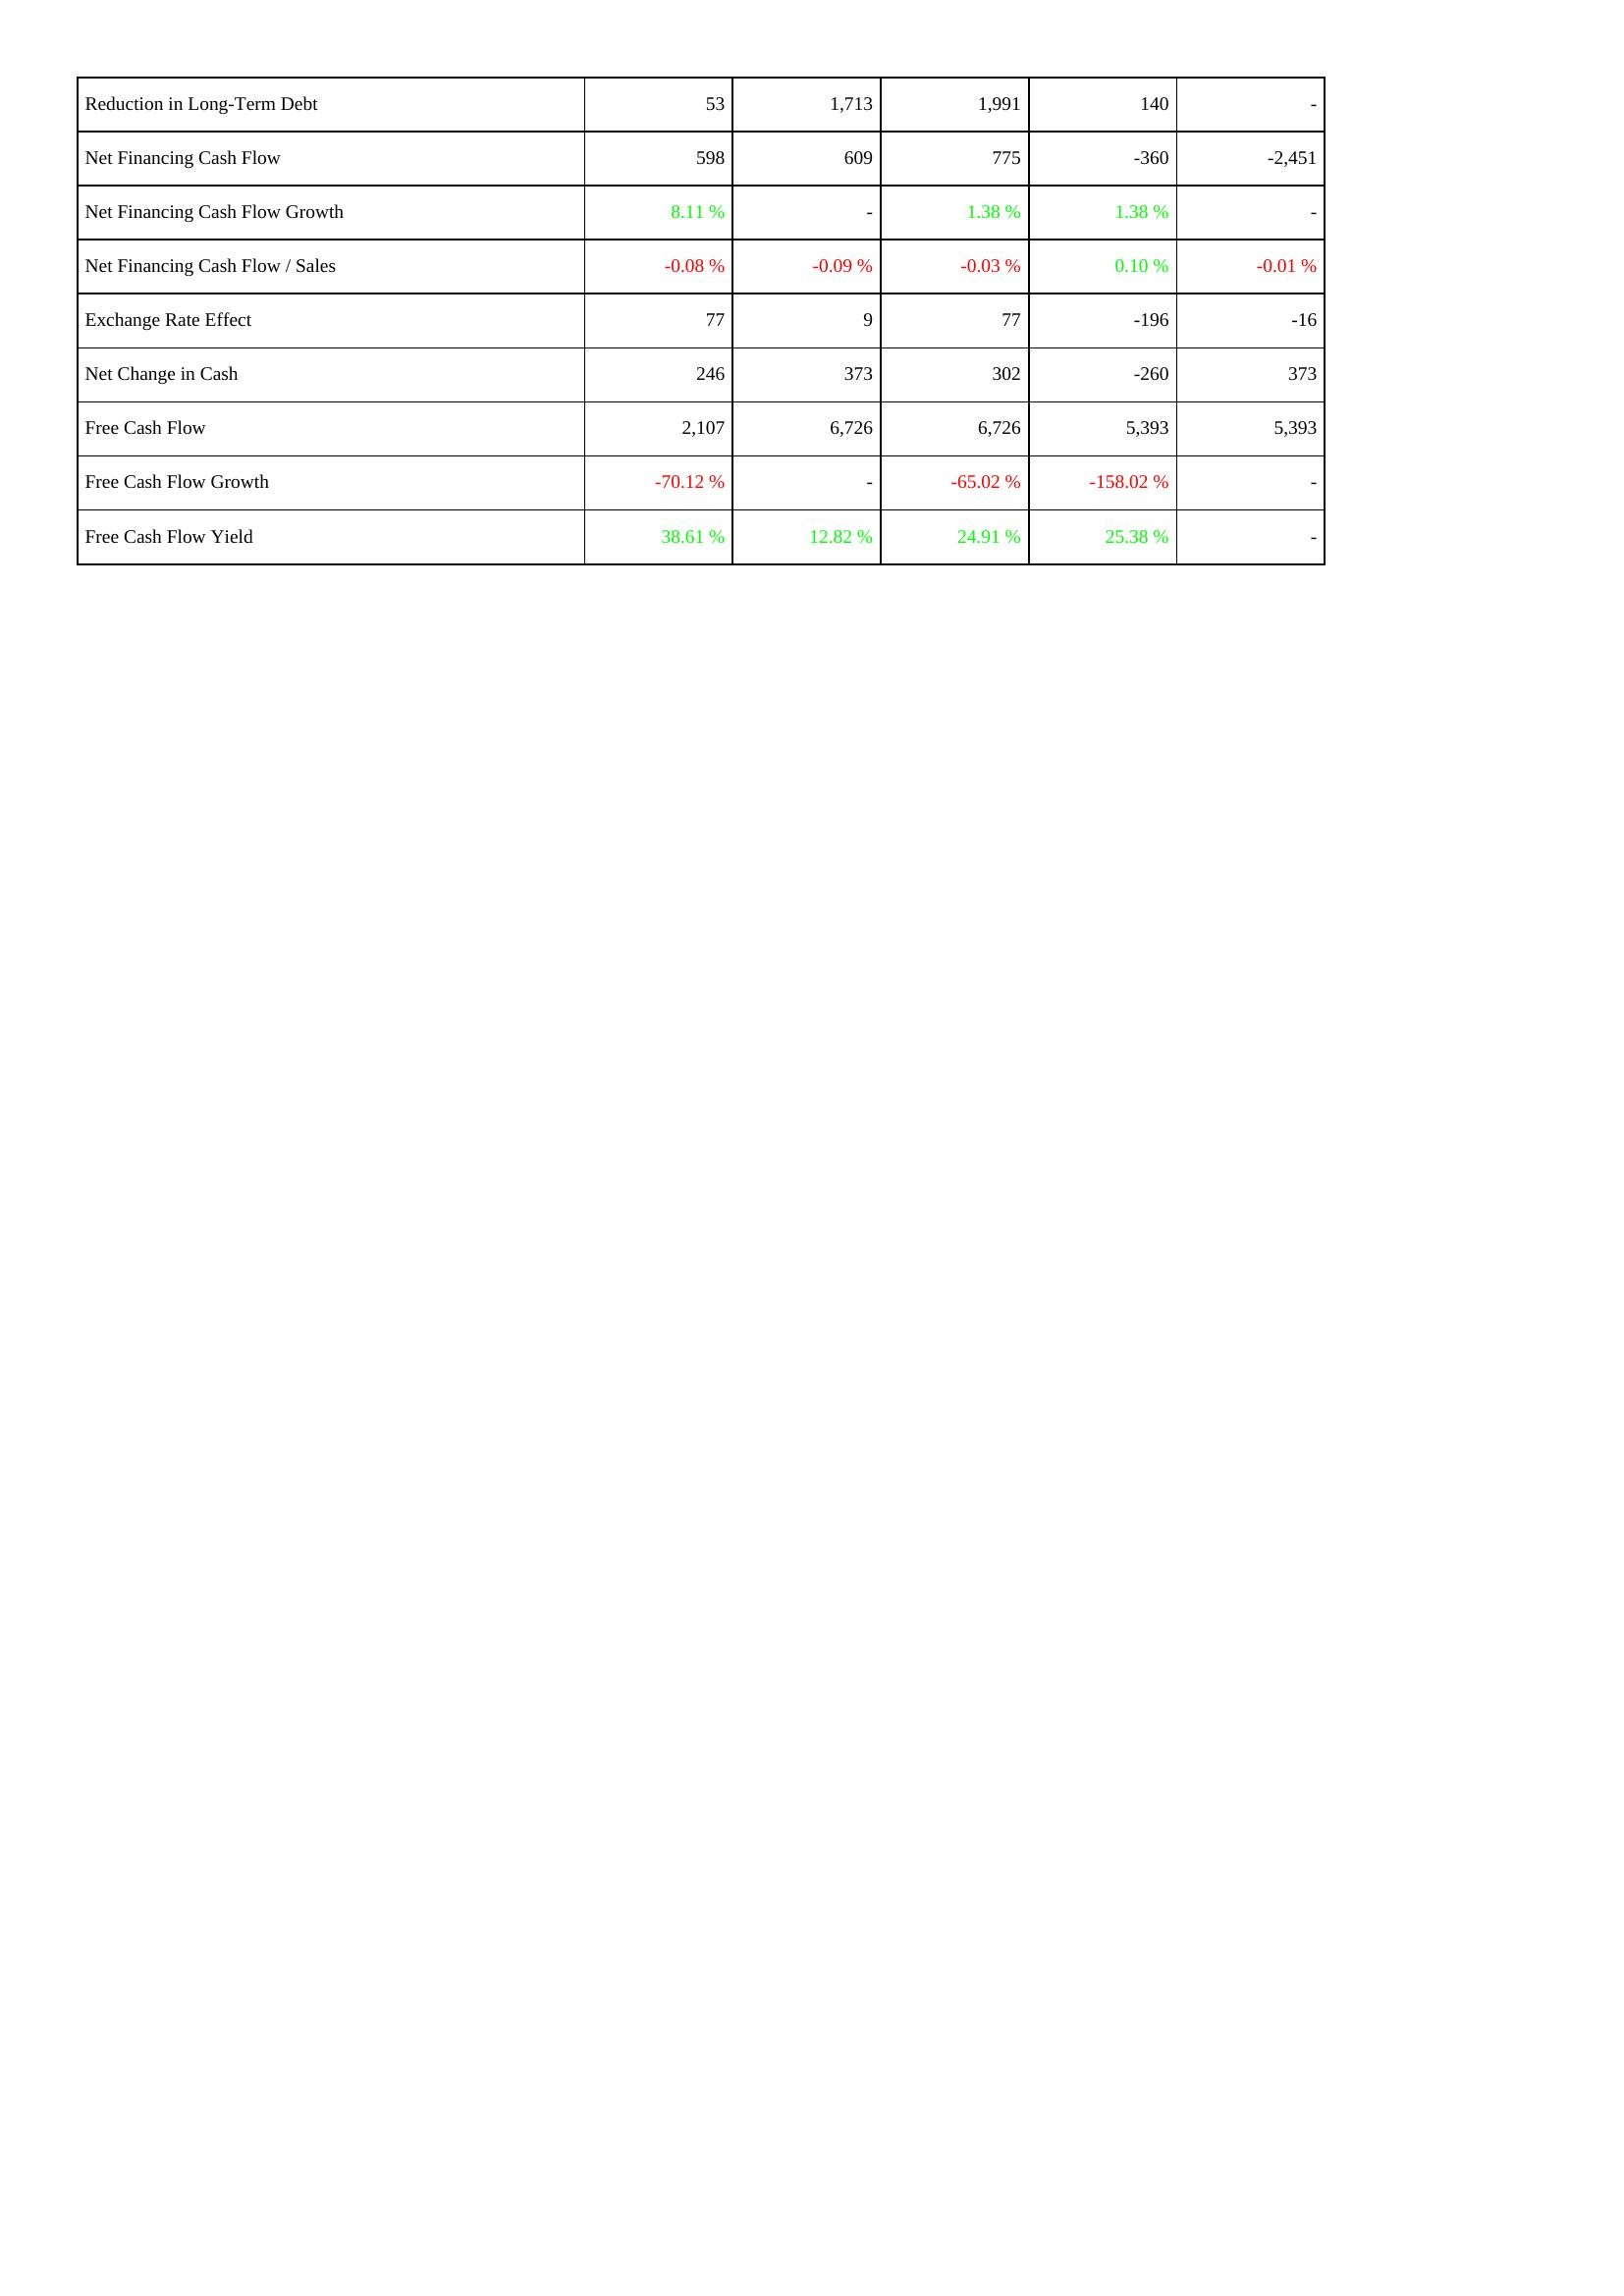
2013: Financing Activities: Reduction in Long-Term Debt: 53
Net Financing Cash Flow: 598
Net Financing Cash Flow Growth: 8.11 %
Net Financing Cash Flow / Sales: -0.08 %
Exchange Rate Effect: 77
Net Change in Cash: 246
Free Cash Flow: 2,107
Free Cash Flow Growth: -70.12 %
Free Cash Flow Yield: 38.61 %
2012: Financing Activities: Reduction in Long-Term Debt: 1,713
Net Financing Cash Flow: 609
Net Financing Cash Flow Growth: -
Net Financing Cash Flow / Sales: -0.09 %
Exchange Rate Effect: 9
Net Change in Cash: 373
Free Cash Flow: 6,726
Free Cash Flow Growth: -
Free Cash Flow Yield: 12.82 %
2011: Financing Activities: Reduction in Long-Term Debt: 1,991
Net Financing Cash Flow: 775
Net Financing Cash Flow Growth: 1.38 %
Net Financing Cash Flow / Sales: -0.03 %
Exchange Rate Effect: 77
Net Change in Cash: 302
Free Cash Flow: 6,726
Free Cash Flow Growth: -65.02 %
Free Cash Flow Yield: 24.91 %
2010: Financing Activities: Reduction in Long-Term Debt: 140
Net Financing Cash Flow: -360
Net Financing Cash Flow Growth: 1.38 %
Net Financing Cash Flow / Sales: 0.10 %
Exchange Rate Effect: -196
Net Change in Cash: -260
Free Cash Flow: 5,393
Free Cash Flow Growth: -158.02 %
Free Cash Flow Yield: 25.38 %
2009: Financing Activities: Reduction in Long-Term Debt: -
Net Financing Cash Flow: -2,451
Net Financing Cash Flow Growth: -
Net Financing Cash Flow / Sales: -0.01 %
Exchange Rate Effect: -16
Net Change in Cash: 373
Free Cash Flow: 5,393
Free Cash Flow Growth: -
Free Cash Flow Yield: -